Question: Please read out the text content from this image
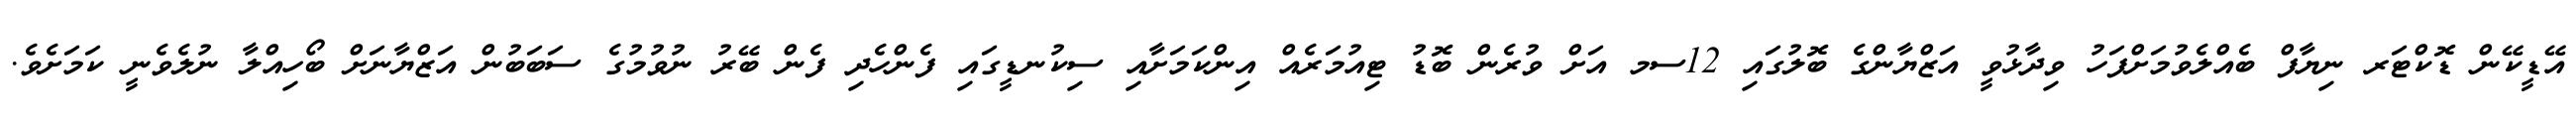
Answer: އޭޑީކޭން ޑޮކްޓަރ ނިޔާފް ބެއްލެވުމަށްފަހު ވިދާޅުވީ އަޒްޔާންގެ ބޮލުގައި 12ސމ އަށް ވުރެން ބޮޑު ޓިއުމަރެއް އިންކަމަށާއި ސިކުނޑީގައި ފެންހެދި ފެން ބޭރު ނުވުމުގެ ސަބަބުން އަޒްޔާނަށް ބޯހިއްލާ ނުލެވެނީ ކަމަށެވެ.